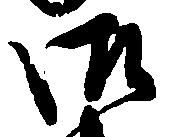
御